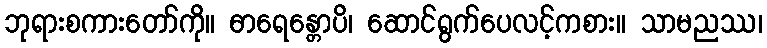
ဘုရားစကားတော်ကို။ ဓာရေန္တောပိ၊ ဆောင်ရွက်ပေလင့်ကစား။ သာမညဿ၊